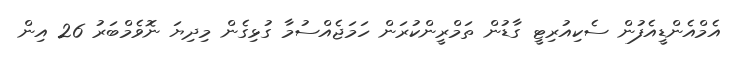
އެމްއެންޑީއެފުން ސެކިއުރިޓީ ގާޑުން ތަމްރީންކުރަން ހަމަޖެއްސުމާ ގުޅިގެން މިދިޔަ ނޮވެމްބަރު 26 އިން